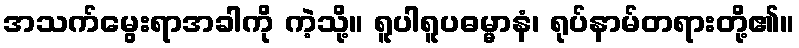
အသက်မွေးရာအခါကို ကဲ့သို့။ ရူပါရူပဓမ္မာနံ၊ ရုပ်နာမ်တရားတို့၏။